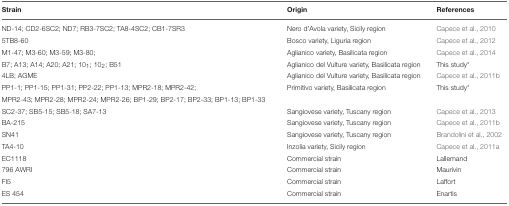
<table><thead><tr><td><b>Strain</b></td><td><b>Origin</b></td><td><b>References</b></td></tr></thead><tbody><tr><td>ND-14; CD2-6SC2; ND7; RB3-7SC2; TA8-4SC2; CB1-7SR3</td><td>Nero d&#x27;Avola variety, Sicily region</td><td>Capece et al., 2010</td></tr><tr><td>5TB8-60</td><td>Bosco variety, Liguria region</td><td>Capece et al., 2012</td></tr><tr><td>M1-47; M3-60; M3-59; M3-80;</td><td>Aglianico variety, Basilicata region</td><td>Capece et al., 2014</td></tr><tr><td>B7; A13; A14; A20; A21; 10<sub>1</sub>; 10<sub>2</sub>; B51</td><td>Aglianico del Vulture variety, Basilicata region</td><td>This study<sup>*</sup></td></tr><tr><td>4LB; AGME</td><td>Aglianico del Vulture variety, Basilicata region</td><td>Capece et al., 2011b</td></tr><tr><td>PP1-1; PP1-15; PP1-31; PP2-22; PP1-13; MPR2-18; MPR2-42;</td><td>Primitivo variety, Basilicata region</td><td>This study<sup>*</sup></td></tr><tr><td>MPR2-43; MPR2-28; MPR2-24; MPR2-26; BP1-29; BP2-17; BP2-33; BP1-13; BP1-33</td><td></td><td></td></tr><tr><td>SC2-37; SB5-15; SB5-18; SA7-13</td><td>Sangiovese variety, Tuscany region</td><td>Capece et al., 2013</td></tr><tr><td>BA-215</td><td>Sangiovese variety, Tuscany region</td><td>Capece et al., 2011b</td></tr><tr><td>SN41</td><td>Sangiovese variety, Tuscany region</td><td>Brandolini et al., 2002</td></tr><tr><td>TA4-10</td><td>Inzolia variety, Sicily region</td><td>Capece et al., 2011a</td></tr><tr><td>EC1118</td><td>Commercial strain</td><td>Lallemand</td></tr><tr><td>796 AWRI</td><td>Commercial strain</td><td>Maurivin</td></tr><tr><td>FI5</td><td>Commercial strain</td><td>Laffort</td></tr><tr><td>ES 454</td><td>Commercial strain</td><td>Enartis</td></tr></tbody></table>